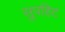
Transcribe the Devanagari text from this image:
सुपहिट